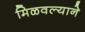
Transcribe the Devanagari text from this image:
मिळवल्याने